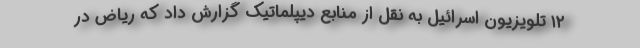
۱۲ تلویزیون اسرائیل به نقل از منابع دیپلماتیک گزارش داد که ریاض در